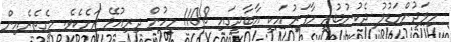
މިލަދުންމަޑުލު ދެކުނުބުރީ މާފަރު އަކީ އާބާދީގައި 1108 މީހުން ދިރިއުޅޭ ރަށެކެވެ. މީގެތެރެއިން